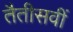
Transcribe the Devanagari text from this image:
तैतीसवीं